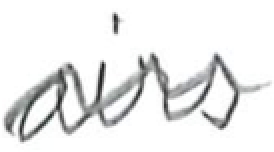
Text: airs
Cross-out: wave
Writing tool: pencil